Vaccination in Burma 1920-1933 - 1920-1933
Year: 1920
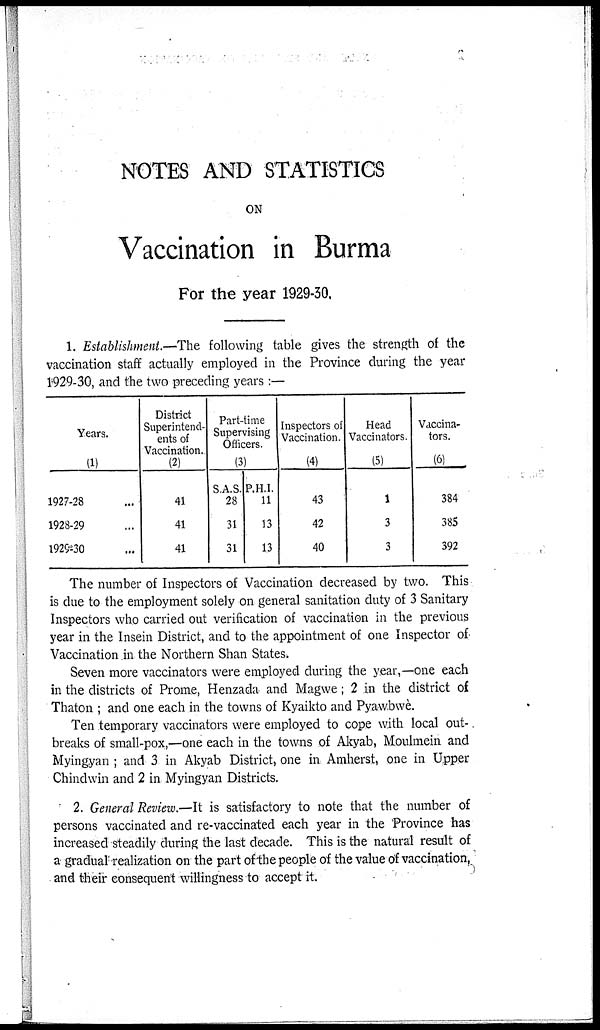
NOTES AND STATISTICS
ON
Vaccination in Burma
For the year 1929-30.
1. Establishment.—The following table gives the strength of the
vaccination staff actually employed in the Province during the year
1929-30, and the two preceding years :—
Years.
(1)
1927-28 ...
1928-29 ...
1929-30 ...
District
Superintend-
ents of
Vaccination.
(2)
41
41
41
Part-time
Supervising
Officers.
(3)
S.A.S.
28
31
31
P.H.I.
11
13
13
Inspectors of
Vaccination.
(4)
43
42
40
Head
Vaccinators.
(5)
1
3
3
Vaccina-
tors.
(6)
384
385
392
The number of Inspectors of Vaccination decreased by two. This
is due to the employment solely on general sanitation duty of 3 Sanitary
Inspectors who carried out verification of vaccination in the previous
year in the Insein District, and to the appointment of one Inspector of'
Vaccination in the Northern Shan States.
Seven more vaccinators were employed during the year,—one each
in the districts of Prome, Henzada and Magwe; 2 in the district of
Thaton ; and one each in the towns of Kyaikto and Pyawbwè.
Ten temporary vaccinators were employed to cope with local out-
breaks of small-pox,—one each in the towns of Akyab, Moulmein and
Myingyan ; and 3 in Akyab District, one in Amherst, one in Upper
Chindwin and 2 in Myingyan Districts.
2. General Review.—It is satisfactory to note that the number of
persons vaccinated and re-vaccinated each year in the Province has
increased steadily during the last decade. This is the natural result of
a gradual realization on the part of the people of the value of vaccination,
and their consequent willingness to accept it.